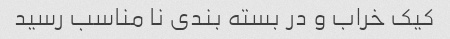
کیک خراب و در بسته بندی نا مناسب رسید